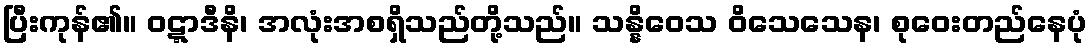
ပြီးကုန်၏။ ဝဋ္ဋာဒီနိ၊ အလုံးအစရှိသည်တို့သည်။ သန္နိဝေသ ဝိသေသေန၊ စုဝေးတည်နေပုံ